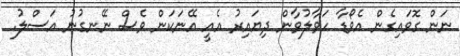
ނަން ގޮވައިގެން އެވޯޑާ ހަވާލުވާން ދިޔައިރު އެއީ އޭނަކަން ވެސް ނޭނގުނު އަސްލު.